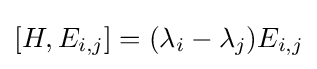
[H,E_{i,j}]=(\lambda _{i}-\lambda _{j})E_{i,j}